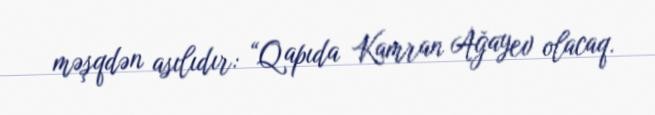
məşqdən asılıdır: “Qapıda Kamran Ağayev olacaq.